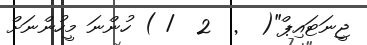
ޖީނަޓައިޕް"(